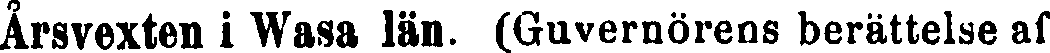
Årsvexten i Wasa län. (Guvernörens berättelse af